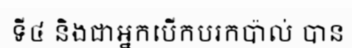
ទី៤ និងជាអ្នកបើកបរកប៉ាល់ បាន